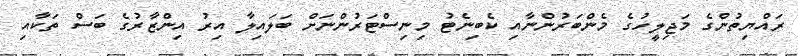
ރައްޔިތުންގެ މަޖިލީހުގެ މެންބަރުންނާއި ކެބިނެޓު މިނިސްޓަރުންނަށް ބަލައިލާ އިރު އިންޒާރުގެ ބަސް ތަކާއި